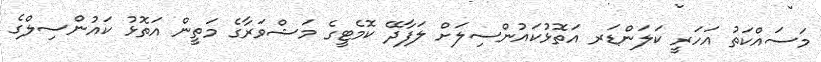
މަސައްކަތު އަހަރީ ކަލަންޑަރ އަތޮޅުކައުންސިލަށް ލަފާދޭ ކޮމެޓީގެ މަޝްވަރާގެ މަތީން އަތޮޅު ކައުންސިލްގެ